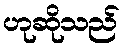
ဟုဆိုသည်